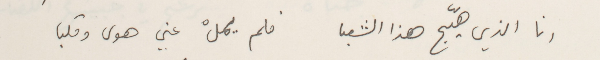
انا الذي هيّج هذا الشعب        فلم يملْ عني هول وقلبا